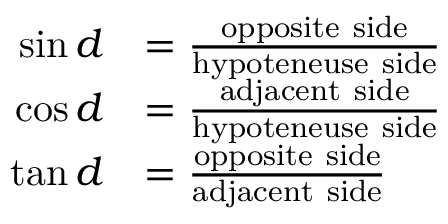
\begin{array} { r l } { \sin d } & { = \frac { \mathrm { o p p o s i t e ~ s i d e } } { \mathrm { h y p o t e n e u s e ~ s i d e } } } \\ { \cos d } & { = \frac { \mathrm { a d j a c e n t ~ s i d e } } { \mathrm { h y p o t e n e u s e ~ s i d e } } } \\ { \tan d } & { = \frac { \mathrm { o p p o s i t e ~ s i d e } } { \mathrm { a d j a c e n t ~ s i d e } } } \end{array}